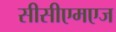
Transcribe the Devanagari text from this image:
सीसीएमएज